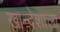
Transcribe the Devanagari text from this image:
खान्देशाला